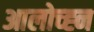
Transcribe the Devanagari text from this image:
आलोच्ह्न